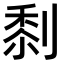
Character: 𠞙